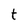
Character: t